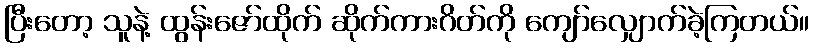
ပြီးတော့ သူနဲ့ ထွန်းဇော်ထိုက် ဆိုက်ကားဂိတ်ကို ကျော်လျှောက်ခဲ့ကြတယ်။